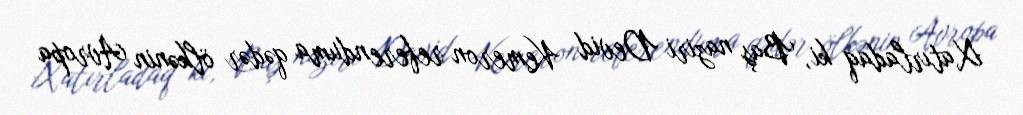
Xatırladaq ki, Baş naziri Devid Kemeron referenduma qədər ölkənin Avropa